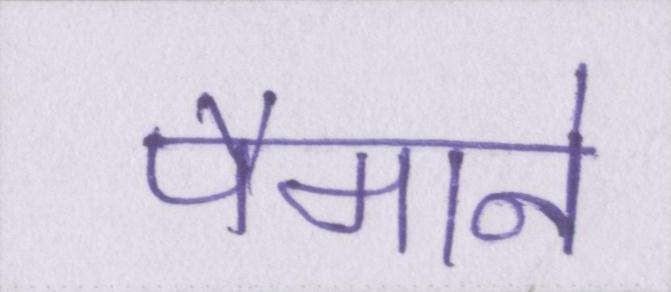
पैमाने